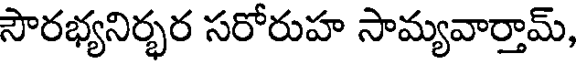
సౌరభ్యనిర్భర సరోరుహ సామ్యవార్తామ్,